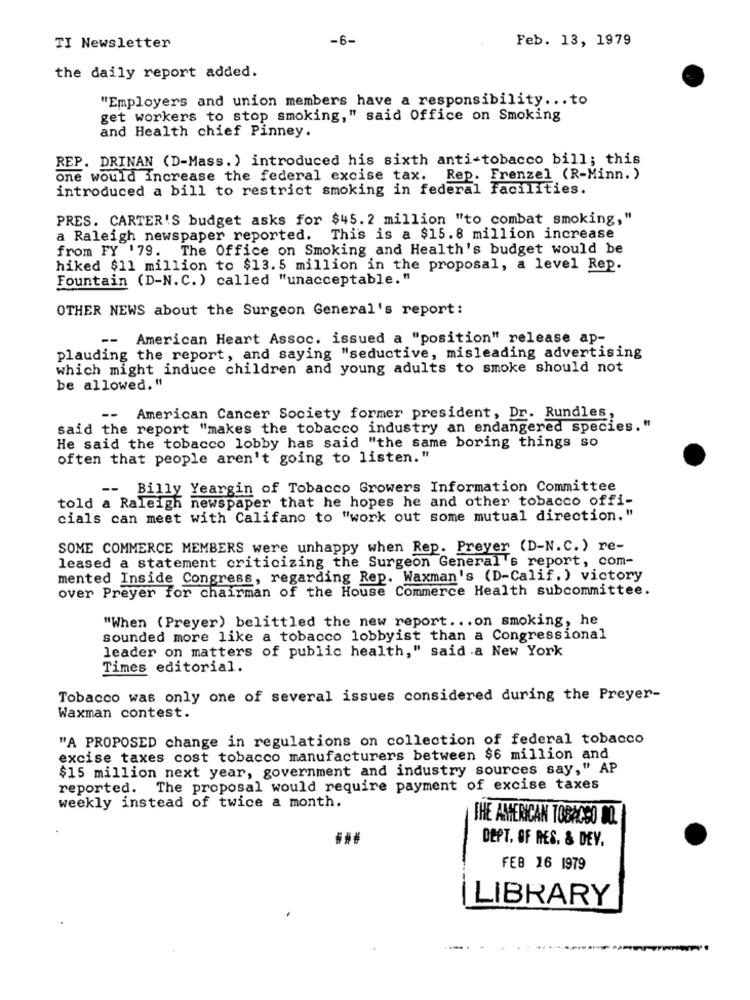
-6-
Feb. 13, 1979
TI Newsletter
the daily report added.
"Employers and union members have a responsibility ... to
get workers to stop smoking," said Office on Smoking
and Health chief Pinney.
REP. DRINAN (D-Mass. ) introduced his sixth anti-tobacco bill; this
one would increase the federal excise tax. Rep. Frenzel (R-Minn. )
introduced a bill to restrict smoking in federal facilities.
PRES. CARTER'S budget asks for $45.2 million "to combat smoking,"
a Raleigh newspaper reported. This is a $15.8 million increase
from FY '79. The Office on Smoking and Health's budget would be
hiked $11 million to $13.5 million in the proposal, a level Rep.
Fountain (D-N.C. ) called "unacceptable."
OTHER NEWS about the Surgeon General's report:
--
American Heart Assoc. issued a "position" release ap-
plauding the report, and saying "seductive, misleading advertising
which might induce children and young adults to smoke should not
be allowed. "
--
American Cancer Society former president, Dr. Rundles,
said the report "makes the tobacco industry an endangered species."
He said the tobacco lobby has said "the same boring things so
often that people aren't going to listen."
Billy Yeargin of Tobacco Growers Information Committee
told a Raleigh newspaper that he hopes he and other tobacco offi-
cials can meet with Califano to "work out some mutual direction."
SOME COMMERCE MEMBERS were unhappy when Rep. Prever (D-N.C.) re-
leased a statement criticizing the Surgeon General 's report, com-
mented Inside Congress, regarding Rep. Waxman's (D-Calif.) victory
over Preyer for chairman of the House Commerce Health subcommittee.
"When (Preyer) belittled the new report ... on smoking, he
sounded more like a tobacco lobbyist than a Congressional
leader on matters of public health," said .a New York
Times editorial.
Tobacco was only one of several issues considered during the Preyer-
Waxman contest.
"A PROPOSED change in regulations on collection of federal tobacco
excise taxes cost tobacco manufacturers between $6 million and
$15 million next year, government and industry sources say," AP
reported. The proposal would require payment of excise taxes
weekly instead of twice a month.
THE AMERICAN TOBACCO DO.
DEPT. OF RES. & DEV.
FEB 16 1979
LIBRARY